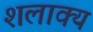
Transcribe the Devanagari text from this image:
शलाक्य